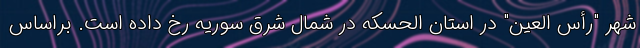
شهر "رأس العین" در استان الحسکه در شمال شرق سوریه رخ داده است. براساس